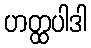
ဟတ္ထပါဒါ